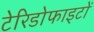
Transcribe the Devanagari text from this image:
टेरिडोफाइटों